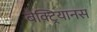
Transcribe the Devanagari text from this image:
बैक्ट्रियानस